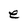
Character: e